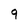
Character: 9